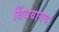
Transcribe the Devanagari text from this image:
बिंबवायचा